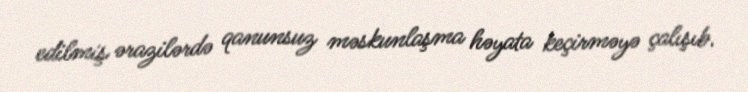
edilmiş ərazilərdə qanunsuz məskunlaşma həyata keçirməyə çalışıb.